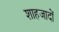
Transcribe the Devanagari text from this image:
शाहजादों